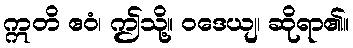
ဣတိ ဧဝံ၊ ဤသို့။ ဝဒေယျ၊ ဆိုရာ၏။